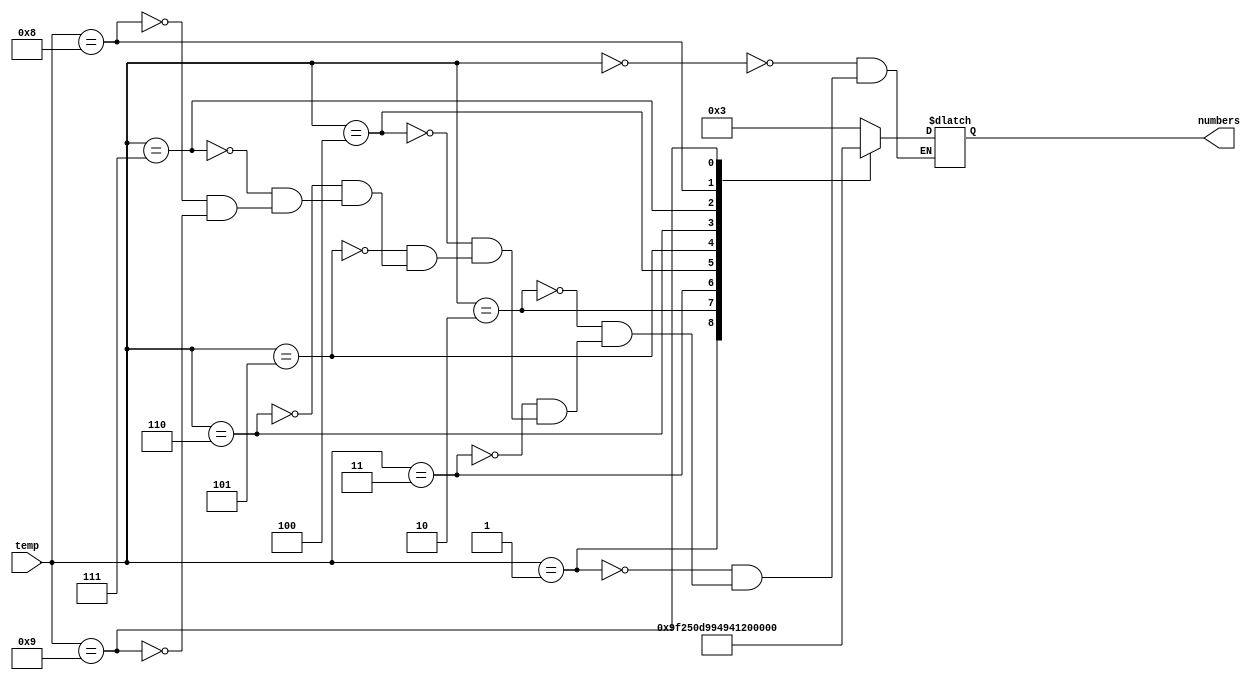
module get_number (temp,numbers);
    input [3:0] temp;
    output [7:0] numbers;
    reg [7:0] number_s;

    assign numbers = number_s;
    always @(temp) 
        case(temp)
            4'd0: number_s <= 8'b00000011;
			4'd1: number_s <= 8'b10011111;
			4'd2: number_s <= 8'b00100101;
			4'd3: number_s <= 8'b00001101;
			4'd4: number_s <= 8'b10011001;
			4'd5: number_s <= 8'b01001001;
			4'd6: number_s <= 8'b01000001;
			4'd7: number_s <= 8'b00011111;
			4'd8: number_s <= 8'b00000001;
			4'd9: number_s <= 8'b00011001;
        endcase
endmodule